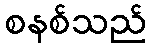
စနစ်သည်